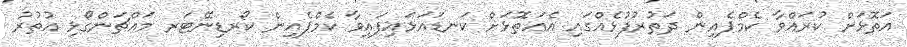
އަތޮޅަށް ކުރައްވާ ކެމްޕެއިން ދަތުރުފުޅެއްގައި އެއަތޮޅަށް ކަނޑައަޅައިފައިވާ ކެމްޕެއިން ކޯރޑިނޭޓަރ މައްޗަންގޯޅި އުތުރު